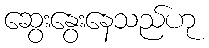
ဆွေးနွေးနေသည်ဟု